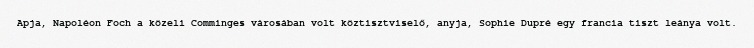
Apja, Napoléon Foch a közeli Comminges városában volt köztisztviselő, anyja, Sophie Dupré egy francia tiszt leánya volt.